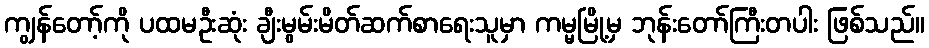
ကျွန်တော့်ကို ပထမဦးဆုံး ချီးမွမ်းမိတ်ဆက်စာရေးသူမှာ ကမ္မမြို့မှ ဘုန်းတော်ကြီးတပါး ဖြစ်သည်။